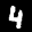
Label: 4